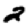
Digit: 2